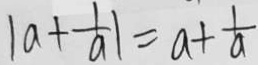
\vert a + \frac { 1 } { a } \vert = a + \frac { 1 } { a }